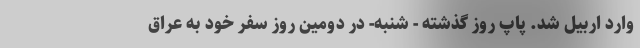
وارد اربیل شد. پاپ روز گذشته - شنبه- در دومین روز سفر خود به عراق